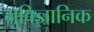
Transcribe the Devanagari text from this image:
भुविज्ञानिक